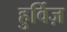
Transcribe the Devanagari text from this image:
हुर्विज़